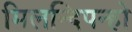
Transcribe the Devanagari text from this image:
मिलन्दिपन्हो